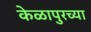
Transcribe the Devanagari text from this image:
केळापुरच्या